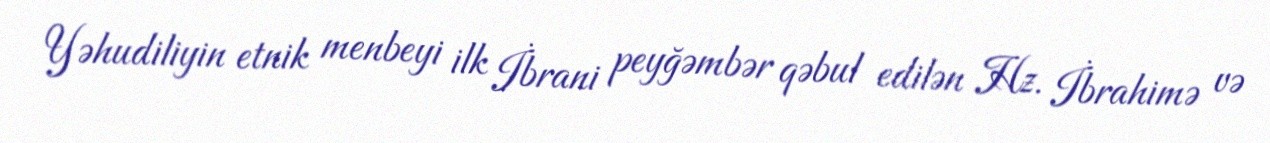
Yəhudiliyin etnik menbeyi ilk İbrani peyğəmbər qəbul edilən Hz. İbrahimə və